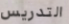
التدريس